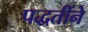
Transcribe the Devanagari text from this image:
पद्धतींने